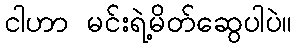
ငါဟာ မင်းရဲ့မိတ်ဆွေပါပဲ။